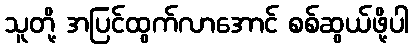
သူတို့ အပြင်ထွက်လာအောင် စစ်ဆွယ်ဖို့ပါ